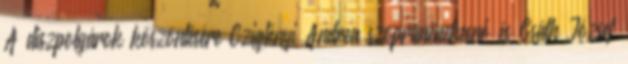
A díszpolgárok köszöntésére Cziglényi Andrea szopránénekesnő és Csáth József